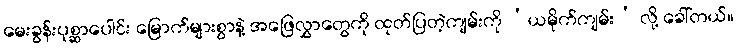
မေးခွန်းပုစ္ဆာပေါင်း မြောက်များစွာနဲ့ အဖြေလွှာတွေကို ထုတ်ပြတဲ့ကျမ်းကို ‘ယမိုက်ကျမ်း’ လို့ ခေါ်တယ်။